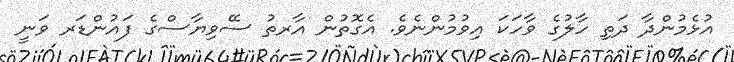
އުޅެމުންދާ ދަތި ހާލުގެ ވާހަކަ އިވުމުންނެވެ. އެގޮތުން އާރތު ސޭވިޔާސްގެ ފައުންޑަރ ވަނީ